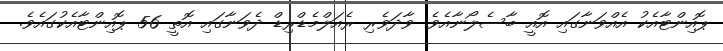
ޕޮއިންޓާއެކު އެއްވަނާގައި އޮއީ ބާސެލޯނާއެވެ. ވާދަވެރި ރެއަލްމެޑްރިޑް ދެވަނާގައި އޮތީ 56 ޕޮއިންޓާއެކުގައެވެ.